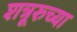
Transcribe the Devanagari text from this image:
शत्रूरुच्या